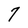
Character: 7